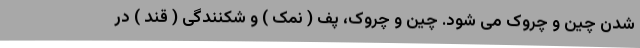
شدن چین و چروک می شود. چین و چروک، پف ( نمک ) و شکنندگی ( قند ) در